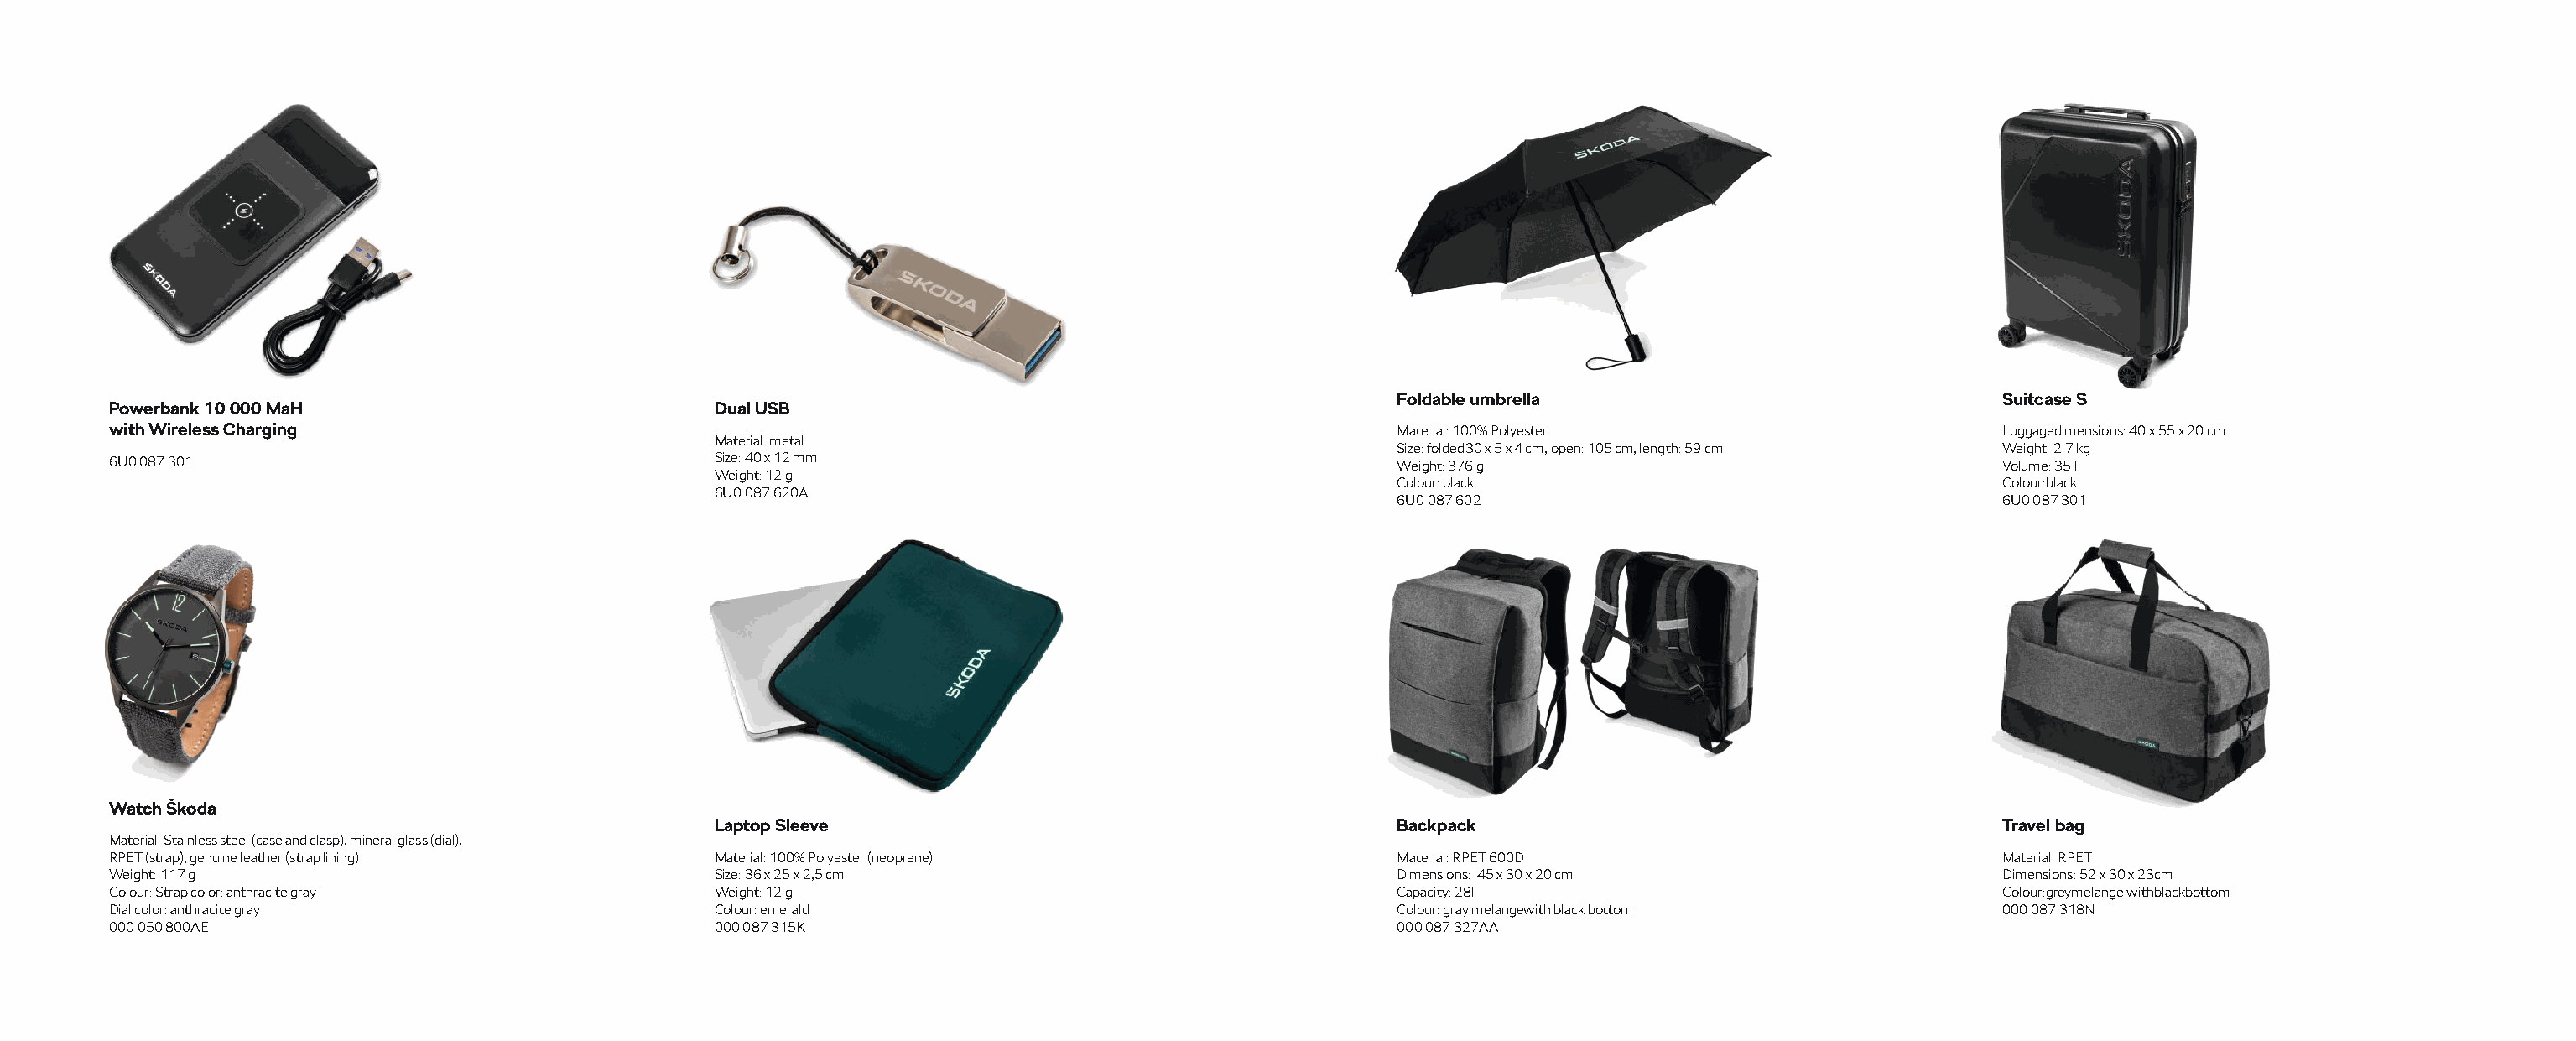
Foldable umbrella                               Suitcase S
 Powerbank 10 000 MaH                           Dual USB
 with Wireless Charging                                                                               Material: 100% Polyester                        Luggagedimensions: 40 x 55 x 20 cm
 Material: metal
 Size: folded30 x 5 x 4 cm, open: 105 cm, length: 59 cm Weight: 2.7 kg
 6U0 087 301                                    Size: 40 x 12 mm                                      Weight: 376 g                                   Volume: 35 l.
 Weight: 12 g
 Colour: black                                   Colour:black
 6U0 087 620A
 6U0 087 602                                     6U0 087 301
 Watch Škoda
 Laptop Sleeve                                         Backpack                                        Travel bag
 Material: Stainless steel (case and clasp), mineral glass (dial),
 RPET (strap), genuine leather (strap lining)   Material: 100% Polyester (neoprene)                   Material: RPET 600D                             Material: RPET
 Weight: 117 g                                  Size: 36 x 25 x 2,5 cm                                Dimensions: 45 x 30 x 20 cm                     Dimensions: 52 x 30 x 23cm
 Colour: Strap color: anthracite gray           Weight: 12 g                                          Capacity: 28l                                   Colour:greymelange withblackbottom
 Dial color: anthracite gray                    Colour: emerald                                       Colour: gray melangewith black bottom           000 087 318N
 000 050 800AE                                  000 087 315K                                          000 087 327AA